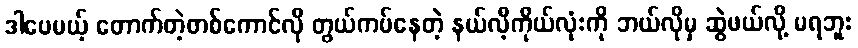
ဒါပေမယ့် တောက်တဲ့တစ်ကောင်လို တွယ်ကပ်နေတဲ့ နယ်လီ့ကိုယ်လုံးကို ဘယ်လိုမှ ဆွဲဖယ်လို့ မရဘူး